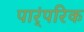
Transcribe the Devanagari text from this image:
पार्ंपरिक